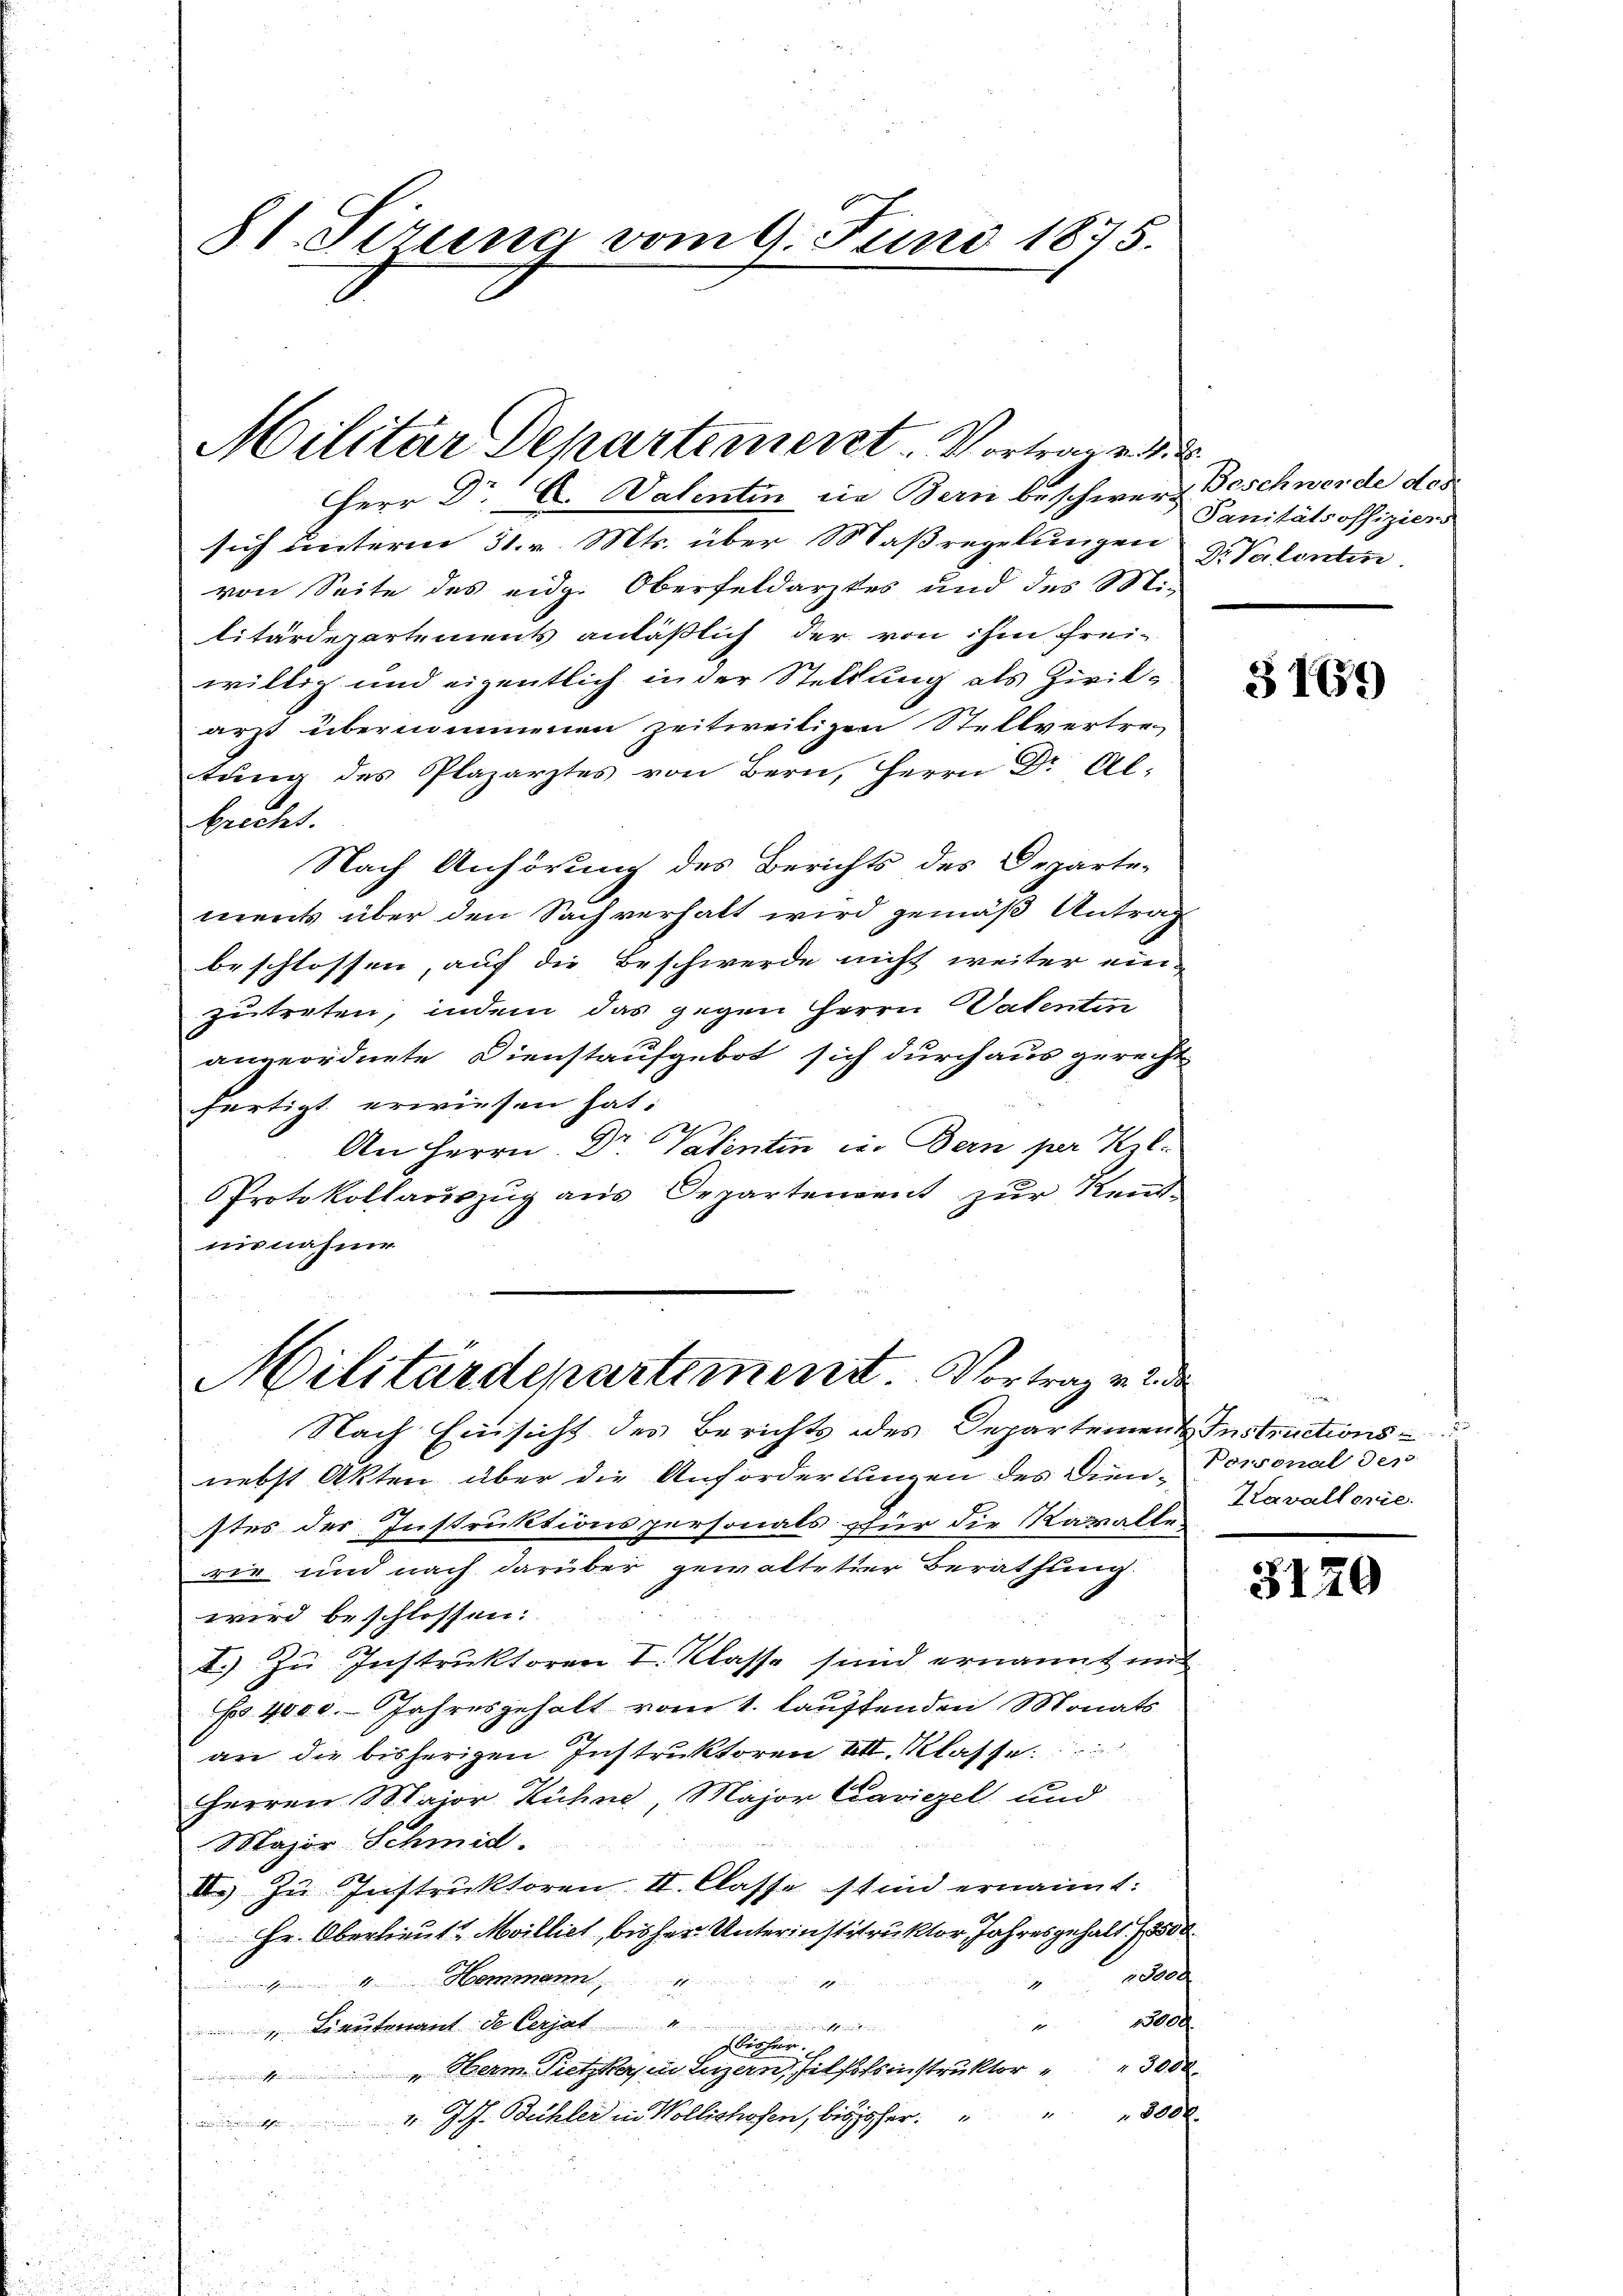
81. Sirung vom 9. Juni 1875.

Militar Departement. Vortrag d. d. d.

Herr Dr A. Valentin die Bern beschwere Geschwerde des
sich unterm 31. v. Mts. über Maßregelungen Dr Patenten.
von Seite des eidg. Oberfeldarztes und des Mi-
litärdepartements anläßlich der von ihm frei-
willig und eigentlich in der Stellung als Zivilarzt übernommenen zeitweiligen Stellvertre-
tŭng des Plazarztes von Bern, Herrn Dr Al-
bricht.
Nach Anhörung des Berichts des Departe-
ments über den Sachverhalt wird gemäß Antrag
beschlossen, auf die Beschwerde nicht weiter ein-
zutreten, indem das gegen Herrn Patentin
angeordnete Dienstaufgebot sich durchaus gerecht
fertigt erwiesen hat.
An Herrn Dr. Valentin u. Bern per Kl.
Protokollauszug aus Departement zur Kenntnisnahme

Militärdepartement Vortrag v

Nach Einsicht des Berichts des Departement Instructions-
nebst Akten über die Anfordertungen des Dien-Personal des
stes der Instruktionspersonals für die Kavalle-
wie und nach darüber gewalteter Berathung
wird beschlossen:
I.) zu Instruktoren I. Klasse sind ernannt mit
No 4000. Jahresgehalt vom 1. lautenden Monats
an die bisherigen Instruktoren III. Klasse
Herren Maior Kühn, Major Caviezel und
Major Schmid.
II.) Zu Instruktoren II. Classe sind ernannt:
Hr. Oberlieut. Milliet, bisher Unterinstitruktor Jahresgehalt d
nlich
 Hemmann
s
20.
un
 Lieutenant de Cerjat
Bisher
300x
Herm Pitzkam Luzern, selbstsinstruktor
s
" J. J. Bühler in Wollishofen, bisher 3000.

Sanitätsoffiziers

3169

i
e
Kavallerie.

3120